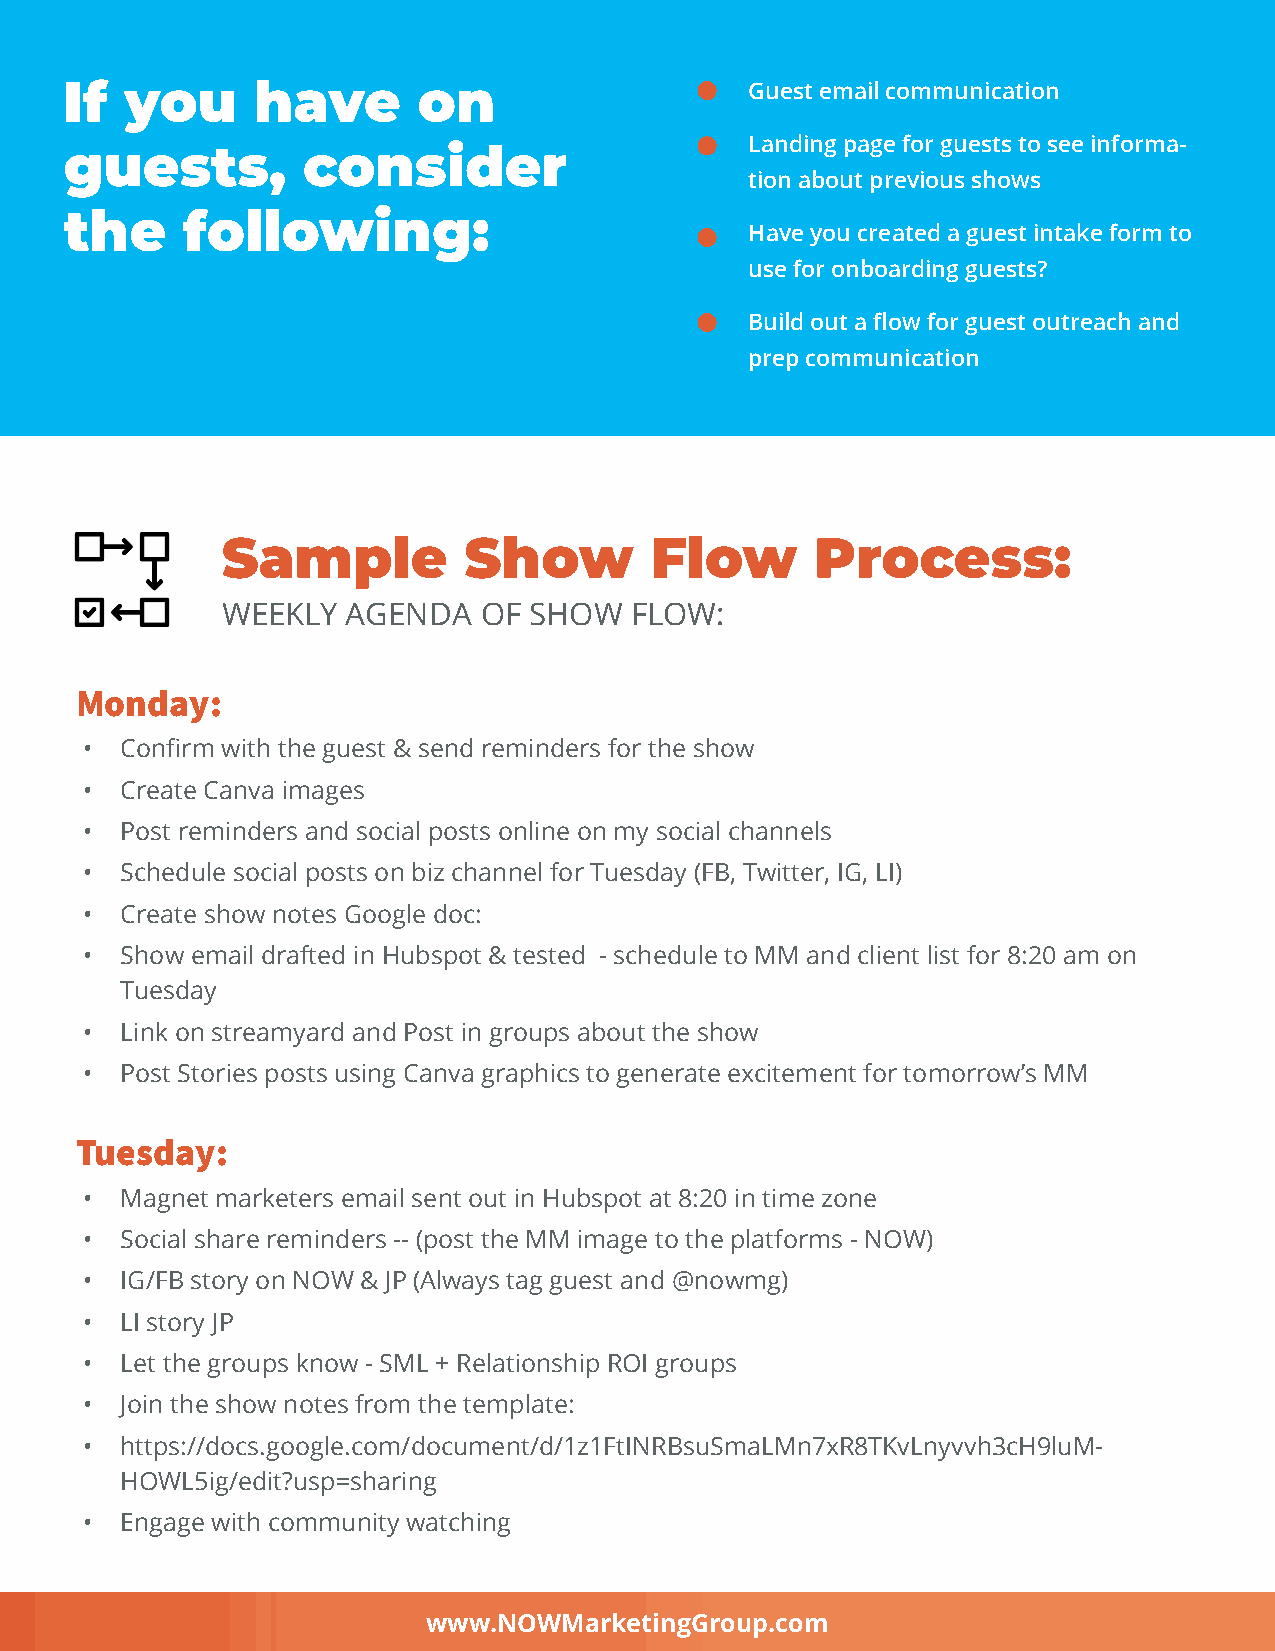
If  you      have       on                    Guest email communication
 Landing page for guests to see informa-
 guests,         consider
 tion about previous shows
 the     following:
 Have you created a guest intake form to
 use for onboarding guests?
 Build out a flow for guest outreach and
 prep communication
 Sample          Show        Flow       Process:
 WEEKLY  AGENDA   OF SHOW   FLOW:
 Monday:
 •  Confirm with the guest & send reminders for the show
 •  Create Canva images
 •  Post reminders and social posts online on my social channels
 •  Schedule social posts on biz channel for Tuesday (FB, Twitter, IG, LI)
 •  Create show notes Google doc:
 •  Show email drafted in Hubspot & tested - schedule to MM and client list for 8:20 am on
 Tuesday
 •  Link on streamyard and Post in groups about the show
 •  Post Stories posts using Canva graphics to generate excitement for tomorrow’s MM
 Tuesday:
 •  Magnet marketers email sent out in Hubspot at 8:20 in time zone
 •  Social share reminders -- (post the MM image to the platforms - NOW)
 •  IG/FB story on NOW & JP (Always tag guest and @nowmg)
 •  LI story JP
 •  Let the groups know - SML + Relationship ROI groups
 •  Join the show notes from the template:
 •  https://docs.google.com/document/d/1z1FtINRBsuSmaLMn7xR8TKvLnyvvh3cH9luM-
 HOWL5ig/edit?usp=sharing
 •  Engage with community watching
 www.NOWMarketingGroup.com